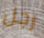
رجل